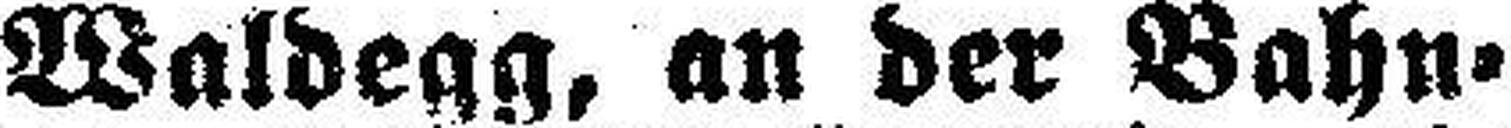
Waldegg, an der Bahn¬